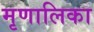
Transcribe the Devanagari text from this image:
मृणालिका